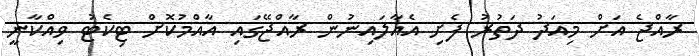
ރާއްޖެ އަށް މިއަދު ދަތުރު ފެށި އެއާލައިނުން ރާއްޖޭގައި އާއްމުކޮށް ޓިކެޓު ވިއްކާނީ